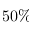
5 0 \%